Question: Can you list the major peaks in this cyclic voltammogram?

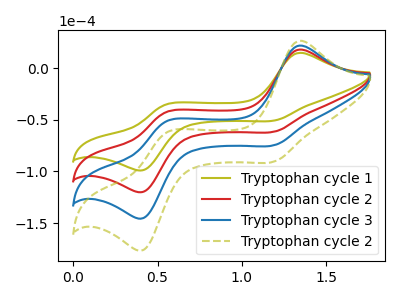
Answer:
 <answer>The olive curve "Tryptophan cycle 1" has anodic peaks at (1.35V, 14.95uA) (0.55V, -34.95uA) and cathodic peaks at (1.20V, -50.50uA) (0.40V, -98.55uA). The red curve "Tryptophan cycle 2" has anodic peaks at (1.35V, 18.10uA) (0.55V, -42.40uA) and cathodic peaks at (1.20V, -61.25uA) (0.40V, -119.55uA). The blue curve "Tryptophan cycle 3" has anodic peaks at (1.35V, 36.25uA) (0.55V, -84.85uA) and cathodic peaks at (1.20V, -122.50uA) (0.40V, -239.15uA). The olive dashed curve "Tryptophan cycle 2" has anodic peaks at (1.35V, 54.35uA) (0.55V, -127.25uA) and cathodic peaks at (1.20V, -183.75uA) (0.40V, -358.70uA).</answer>
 <eval></eval>